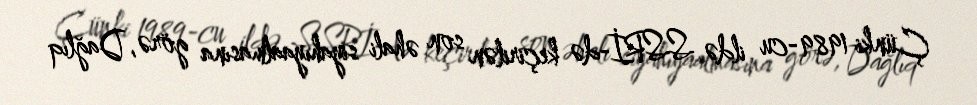
Çünki 1989-cu ildə SSRİ-də keçirilən son əhali siyahıyaalmasına görə, Dağlıq